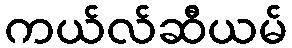
ကယ်လ်ဆီယမ်